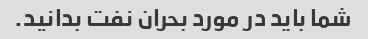
شما باید در مورد بحران نفت بدانید.